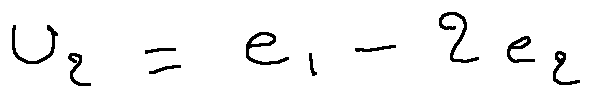
u _ { 2 } = e _ { 1 } - 2 e _ { 2 }